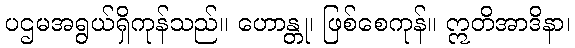
ပဌမအရွယ်ရှိကုန်သည်။ ဟောန္တု၊ ဖြစ်စေကုန်။ ဣတိအာဒိနာ၊